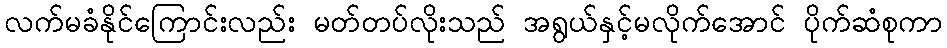
လက်မခံနိုင်ကြောင်းလည်း မတ်တပ်လိုးသည် အရွယ်နှင့်မလိုက်အောင် ပိုက်ဆံစုကာ